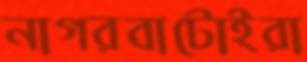
নাগরবাটোইরা